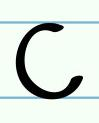
c